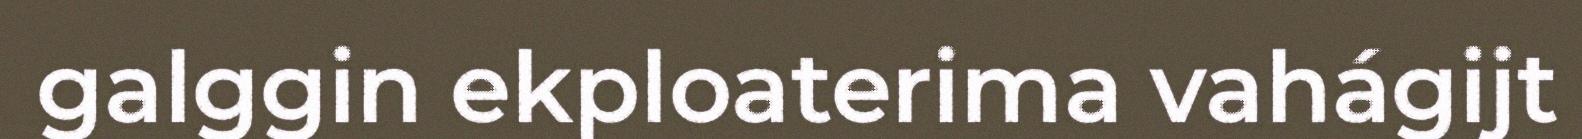
galggin ekploaterima vahágijt